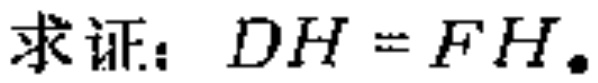
求证：\(DH = FH\)。